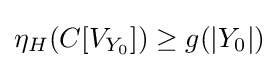
\eta _{H}(C[V_{Y_{0}}])\geq g(|Y_{0}|)